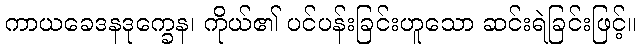
ကာယခေဒနဒုက္ခေန၊ ကိုယ်၏ ပင်ပန်းခြင်းဟူသော ဆင်းရဲခြင်းဖြင့်။